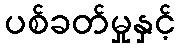
ပစ်ခတ်မှုနှင့်